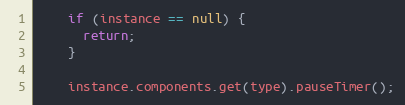
Language: Java
    if (instance == null) {
      return;
    }

    instance.components.get(type).pauseTimer();